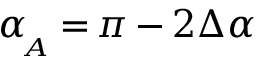
\alpha \! _ { _ A } \, { = } \, \pi \, { - } \, 2 \Delta \alpha